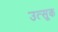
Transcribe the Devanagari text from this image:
उत्सूक